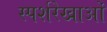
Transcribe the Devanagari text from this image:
स्पर्शरेखाओं